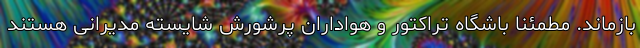
بازماند. مطمئنا باشگاه تراکتور و هواداران پرشورش شایسته مدیرانی هستند